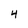
Character: 4